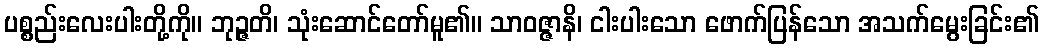
ပစ္စည်းလေးပါးတို့ကို။ ဘုဉ္ဇတိ၊ သုံးဆောင်တော်မူ၏။ သာဝဇ္ဇာနိ၊ ငါးပါးသော ဖောက်ပြန်သော အသက်မွေးခြင်း၏